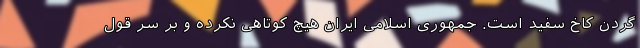
گردن کاخ سفید است. جمهوری اسلامی ایران هیچ کوتاهی نکرده و بر سر قول